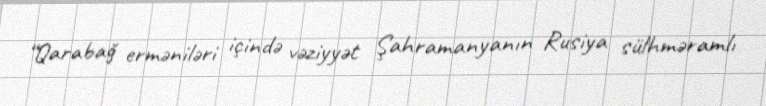
“Qarabağ erməniləri içində vəziyyət Şahramanyanın Rusiya sülhməramlı